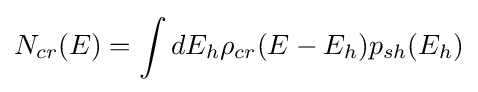
N_{cr}(E)=\int dE_{h}\rho _{cr}(E-E_{h})p_{sh}(E_{h})